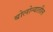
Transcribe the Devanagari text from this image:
बोलोन्यातील